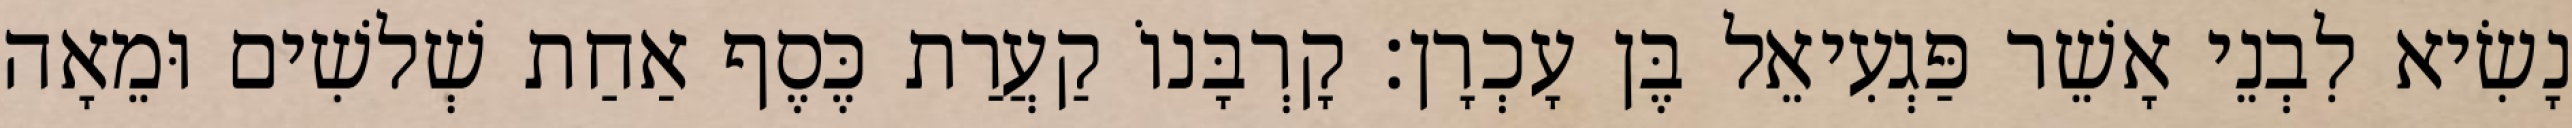
נָשִׂיא לִבְנֵי אָשֵׁר פַּגְעִיאֵל בֶּן עָכְרָן׃ קָרְבָּנוֹ קַעֲרַת כֶּסֶף אַחַת שְׁלשִׁים וּמֵאָה